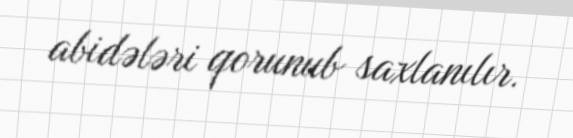
abidələri qorunub saxlanılır.